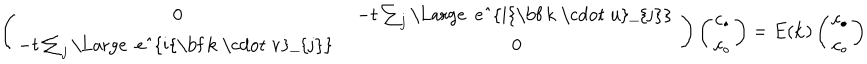
\left( \begin{array} { c c } { { 0 } } & { { - t \sum _ { j } \mathrm { \Large ~ e ^ { i { \bf ~ k ~ \cdot ~ u } _ { j } } ~ } } } \\ { { - t \sum _ { j } \mathrm { \Large ~ e ^ { i { \bf ~ k ~ \cdot ~ v } _ { j } } ~ } } } & { { 0 } } \\ \end{array} \right) \left( \begin{array} { c } { { c _ { \bullet } } } \\ { { c _ { \circ } } } \\ \end{array} \right) = E ( { \bf k } ) \left( \begin{array} { c } { { c _ { \bullet } } } \\ { { c _ { \circ } } } \\ \end{array} \right)